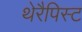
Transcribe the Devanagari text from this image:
थेरैपिस्ट